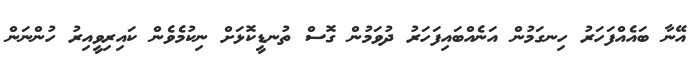
އޭނާ ބައެއްފަހަރު ހިނގަމުން އަނެއްބައިފަހަރު ދުވަމުން ގޮސް ތުނޑީކޮޅަށް ނިކުމެވެން ކައިރިވީއިރު ހުންނަން